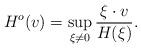
LaTeX: \begin{align*}H^o(v)=\sup_{\xi \ne 0} \frac{\xi\cdot v}{H(\xi)}.\end{align*}